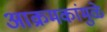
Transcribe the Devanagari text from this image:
आक्रमकांमुळे